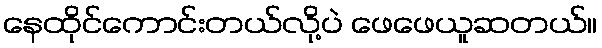
နေထိုင်ကောင်းတယ်လို့ပဲ ဖေဖေယူဆတယ်။